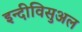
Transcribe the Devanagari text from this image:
इन्दीविसुअल